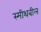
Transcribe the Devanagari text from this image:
स्मीथबील